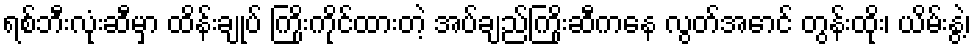
ရစ်ဘီးလုံးဆီမှာ ထိန်းချုပ် ကြိုးကိုင်ထားတဲ့ အပ်ချည်ကြိုးဆီကနေ လွတ်အောင် တွန်းထိုး၊ ယိမ်းနွဲ့၊